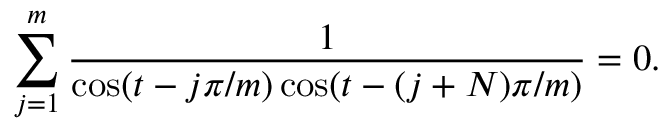
\sum _ { j = 1 } ^ { m } { \frac { 1 } { \cos ( t - { j \pi / m } ) \cos ( t - { ( j + N ) \pi / m } ) } } = 0 .